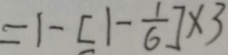
= 1 - [ 1 - \frac { 1 } { 6 } ] \times 3